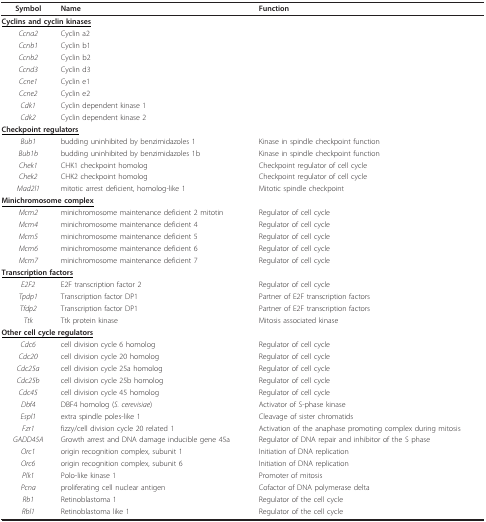
<table><thead><tr><td><b>Symbol</b></td><td><b>Name</b></td><td><b>Function</b></td></tr></thead><tbody><tr><td colspan="3"><b><underline>Cyclins and cyclin kinases</underline></b></td></tr><tr><td><i>Ccna2</i></td><td>Cyclin a2</td><td></td></tr><tr><td><i>Ccnb1</i></td><td>Cyclin b1</td><td></td></tr><tr><td><i>Ccnb2</i></td><td>Cyclin b2</td><td></td></tr><tr><td><i>Ccnd3</i></td><td>Cyclin d3</td><td></td></tr><tr><td><i>Ccne1</i></td><td>Cyclin e1</td><td></td></tr><tr><td><i>Ccne2</i></td><td>Cyclin e2</td><td></td></tr><tr><td><i>Cdk1</i></td><td>Cyclin dependent kinase 1</td><td></td></tr><tr><td><i>Cdk2</i></td><td>Cyclin dependent kinase 2</td><td></td></tr><tr><td colspan="3"><b><underline>Checkpoint regulators</underline></b></td></tr><tr><td><i>Bub1</i></td><td>budding uninhibited by benzimidazoles 1</td><td>Kinase in spindle checkpoint function</td></tr><tr><td><i>Bub1b</i></td><td>budding uninhibited by benzimidazoles 1b</td><td>Kinase in spindle checkpoint function</td></tr><tr><td><i>Chek1</i></td><td>CHK1 checkpoint homolog</td><td>Checkpoint regulator of cell cycle</td></tr><tr><td><i>Chek2</i></td><td>CHK2 checkpoint homolog</td><td>Checkpoint regulator of cell cycle</td></tr><tr><td><i>Mad2l1</i></td><td>mitotic arrest deficient, homolog-like 1</td><td>Mitotic spindle checkpoint</td></tr><tr><td colspan="3"><b><underline>Minichromosome complex</underline></b></td></tr><tr><td><i>Mcm2</i></td><td>minichromosome maintenance deficient 2 mitotin</td><td>Regulator of cell cycle</td></tr><tr><td><i>Mcm4</i></td><td>minichromosome maintenance deficient 4</td><td>Regulator of cell cycle</td></tr><tr><td><i>Mcm5</i></td><td>minichromosome maintenance deficient 5</td><td>Regulator of cell cycle</td></tr><tr><td><i>Mcm6</i></td><td>minichromosome maintenance deficient 6</td><td>Regulator of cell cycle</td></tr><tr><td><i>Mcm7</i></td><td>minichromosome maintenance deficient 7</td><td>Regulator of cell cycle</td></tr><tr><td colspan="3"><b><underline>Transcription factors</underline></b></td></tr><tr><td><i>E2F2</i></td><td>E2F transcription factor 2</td><td>Regulator of cell cycle</td></tr><tr><td><i>Tpdp1</i></td><td>Transcription factor DP1</td><td>Partner of E2F transcription factors</td></tr><tr><td><i>Tfdp2</i></td><td>Transcription factor DP1</td><td>Partner of E2F transcription factors</td></tr><tr><td><i>Ttk</i></td><td>Ttk protein kinase</td><td>Mitosis associated kinase</td></tr><tr><td colspan="3"><b><underline>Other cell cycle regulators</underline></b></td></tr><tr><td><i>Cdc6</i></td><td>cell division cycle 6 homolog</td><td>Regulator of cell cycle</td></tr><tr><td><i>Cdc20</i></td><td>cell division cycle 20 homolog</td><td>Regulator of cell cycle</td></tr><tr><td><i>Cdc25a</i></td><td>cell division cycle 25a homolog</td><td>Regulator of cell cycle</td></tr><tr><td><i>Cdc25b</i></td><td>cell division cycle 25b homolog</td><td>Regulator of cell cycle</td></tr><tr><td><i>Cdc45</i></td><td>cell division cycle 45 homolog</td><td>Regulator of cell cycle</td></tr><tr><td><i>Dbf4</i></td><td>DBF4 homolog (<i>S. cerevisiae</i>)</td><td>Activator of S-phase kinase</td></tr><tr><td><i>Espl1</i></td><td>extra spindle poles-like 1</td><td>Cleavage of sister chromatids</td></tr><tr><td><i>Fzr1</i></td><td>fizzy/cell division cycle 20 related 1</td><td>Activation of the anaphase promoting complex during mitosis</td></tr><tr><td><i>GADD45A</i></td><td>Growth arrest and DNA damage inducible gene 45a</td><td>Regulator of DNA repair and inhibitor of the S phase</td></tr><tr><td><i>Orc1</i></td><td>origin recognition complex, subunit 1</td><td>Initiation of DNA replication</td></tr><tr><td><i>Orc6</i></td><td>origin recognition complex, subunit 6</td><td>Initiation of DNA replication</td></tr><tr><td><i>Plk1</i></td><td>Polo-like kinase 1</td><td>Promoter of mitosis</td></tr><tr><td><i>Pcna</i></td><td>proliferating cell nuclear antigen</td><td>Cofactor of DNA polymerase delta</td></tr><tr><td><i>Rb1</i></td><td>Retinoblastoma 1</td><td>Regulator of the cell cycle</td></tr><tr><td><i>Rbl1</i></td><td>Retinoblastoma like 1</td><td>Regulator of the cell cycle</td></tr></tbody></table>